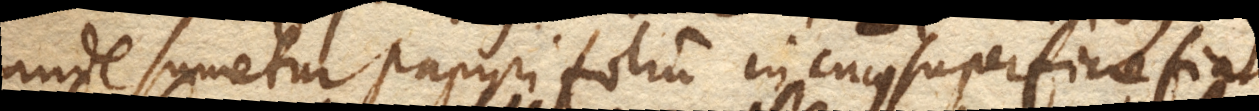
unde sumetur papyri folium in cujus superficie fiat